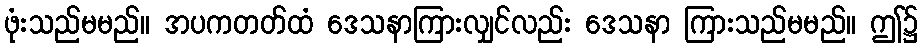
ဖုံးသည်မမည်။ အပကတတ်ထံ ဒေသနာကြားလျှင်လည်း ဒေသနာ ကြားသည်မမည်။ ဤ၌